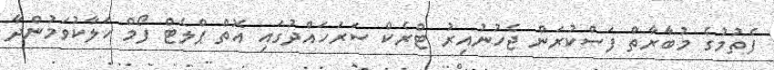
ފެތުމުގެ މުބާރާތް ފަސްކުރަން ޖެހުނުއިރު ޓްރެކް ސަރަހައްދުގައި އޮތް ޕްލެޓް ފޯމް ހަލާކުވަމުންދާ